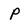
Character: P